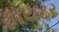
ફાયટર